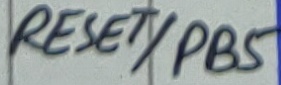
Text: RESET/PB5